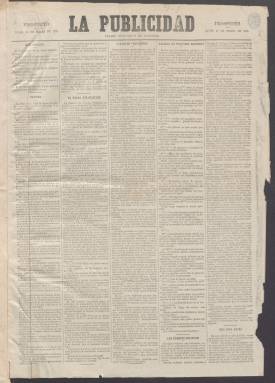
Título: La Publicidad (Madrid. 1875)
Colección: Periódicos
Ámbito geográfico: Madrid
Lugar de publicación: Madrid
Fechas: 15/03/1875-29/06/1875

Este periódico llevaba por subtítulo el de Diario Político y de Noticias y realmente más que por su información política se distingue por el espacio dedicado a la comunicación de hechos puntuales o noticias. Seguía en eso el ejemplo de La Correspondencia de España, periódico que intentó alejarse de la información partidista para hacer una prensa más imparcial y empresarial.

  También al igual que La Correspondencia de España, La Publicidad dedicaba la última de sus cuatro páginas a los anuncios publicitarios. Los había de todos los tamaños, pero predominaba lo que más tarde se conoció como anuncios por palabras, pequeños bocadillos de información condensada.

La Publicidad comenzó su andadura el 27 de marzo de 1875 aunque lanzó un prospecto varios días antes en el que dio a conocer cuál era su ideario y lo que se proponía hacer en el mundo de la prensa: ‘La Publicidad es un diario independiente. No pertenece a ningún partido. No podrá, por tanto, llamarse nunca a la parte con ninguno en el reparto de beneficios. No hace suyo el criterio de ninguna fracción política. Tiene el suyo propio. Este es esencialmente individualista. Su fin no será jamás otro que buscar y decir la verdad’.

 Para interpretar esta declaración hay que tener en cuenta que hacía solo unos meses se acababa de producir la restauración monárquica en la persona de Alfonso XII tras un periodo convulso en el que la prensa de partido era la norma y los periódicos defendían ideas y doctrinas antes que dar noticias. Con la Restauración la información propiamente dicha irá ganando terreno.

Dentro de este nuevo contexto, una de las peculiaridades de La Publicidad, cuyo ideario liberal se compaginaba con una firme defensa del orden público, era el uso que hacía de la información proporcionada por el resto de los periódicos, a los que citaba. Igualmente daba noticias de las agencias telegráficas y todo tipo de novedades obtenidas en centros oficiales o cualquier centro de interés público.

Como era habitual en la prensa de la época, también insertaba el folletín, las novelas por entregas que ayudaban a la venta del periódico al ‘enganchar’ al lector. En el caso de los números que posee la Biblioteca Nacional de España se puede leer un relato que lleva por título ‘La muerta viva’, de Wilkie Collins, un autor inglés muy popular en su tiempo.

La BNE solo posee unos cuantos números de La Publicidad, diario que debió desaparecer pronto dada la movilidad de la prensa de aquellos años y que no hay que confundir con otro periódico del mismo título editado en Barcelona unos años más tarde.

[Descripción publicada el 9/05/2023]